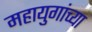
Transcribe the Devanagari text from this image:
महायुगांच्या